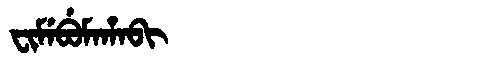
Manchu: ᠸᡳᠮᡝᠪᡠᠮᠠᡥᠠᠪᡳ
Romanization: FIMEBUMAHABI